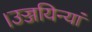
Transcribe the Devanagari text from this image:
।उज्जयिन्यां